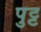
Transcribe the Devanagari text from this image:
पुट्ट